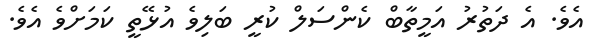
އެވެ. އެ ދަތުރު އަމީތާބް ކެންސަލް ކުރީ ބަލިވެ އުޅޭތީ ކަމަށްވެ އެވެ.